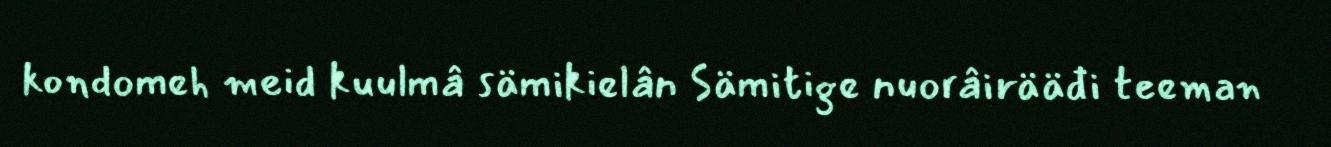
kondomeh meid kuulmâ sämikielân Sämitige nuorâirääđi teeman